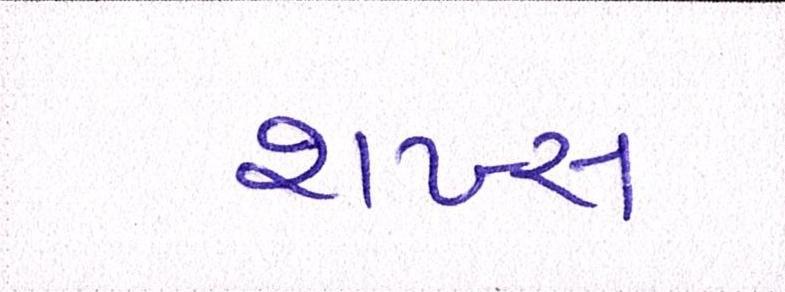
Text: શખ્સ